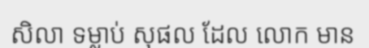
សិលា ទម្លាប់ សុផល ដែល លោក មាន